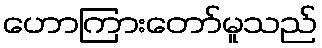
ဟောကြားတော်မူသည်